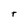
Character: t